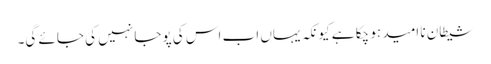
شیطان نا امید ہو چکا ہے کیونکہ یہاں اب اس کی پوجا نہیں کی جائے گی۔